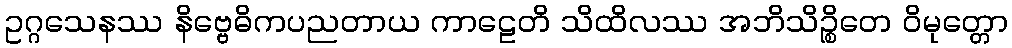
ဥဂ္ဂသေနဿ နိဗ္ဗေဓိကပညတာယ ကာဠေတိ သိထိလဿ အဘိသိဉ္စိတေ ဝိမုတ္တော